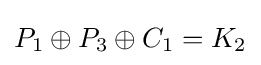
P_{1}\oplus P_{3}\oplus C_{1}=K_{2}